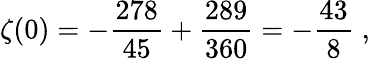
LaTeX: \zeta(0)=-{\frac{278}{45}}+{\frac{289}{360}}=-{\frac{43}{8}}\; ,